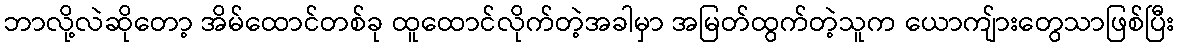
ဘာလို့လဲဆိုတော့ အိမ်ထောင်တစ်ခု ထူထောင်လိုက်တဲ့အခါမှာ အမြတ်ထွက်တဲ့သူက ယောကျ်ားတွေသာဖြစ်ပြီး